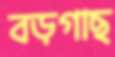
বড়গাছ